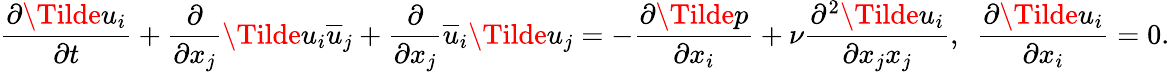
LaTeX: \frac{\partial\Tilde{u}_{i}}{\partial t}+\frac{\partial}{\partial x_{j}}\Tilde{u}_{i}\overline{{u}}_{j}+\frac{\partial}{\partial x_{j}}\overline{{u}}_{i}\Tilde{u}_{j}=-\frac{\partial\Tilde{p}}{\partial x_{i}}+\nu\frac{\partial^{2}\Tilde{u}_{i}}{\partial x_{j}x_{j}},~~\frac{\partial\Tilde{u}_{i}}{\partial x_{i}}=0.